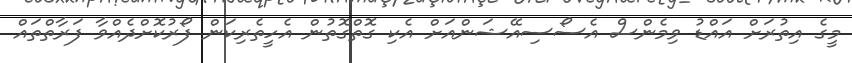
މީގެ އިތުރަށް އައްޑު ވިމެންސް އެސޯސިއޭޝަންއަށް އެކި ގޮތްގޮތުން އެހީތެރިކަން ފޯރުކޮށްދެއްވާ ފަރާތްތައް